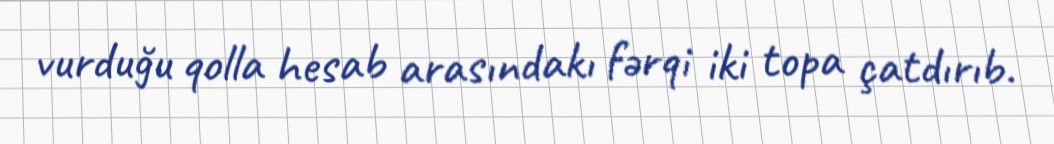
vurduğu qolla hesab arasındakı fərqi iki topa çatdırıb.